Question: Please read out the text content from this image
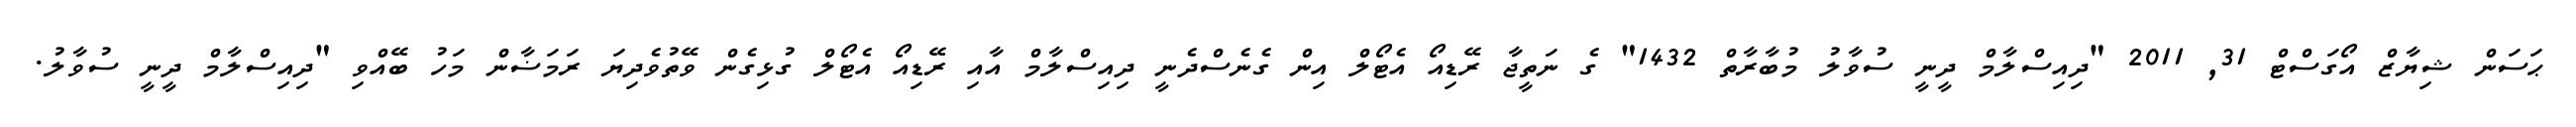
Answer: ޙަސަން ޝިޔާޒް އޯގަސްޓް 31, 2011 "ދިއިސްލާމް ދީނީ ސުވާލު މުބާރާތް 1432" ގެ ނަތީޖާ ރޭޑިއޯ އެޓޯލް އިން ގެނެސްދެނީ ދިއިސްލާމް އާއި ރޭޑިއޯ އެޓޯލް ގުޅިގެން ވޭތުވެދިޔަ ރަމަޟާން މަހު ބޭއްވި "ދިއިސްލާމް ދީނީ ސުވާލު.